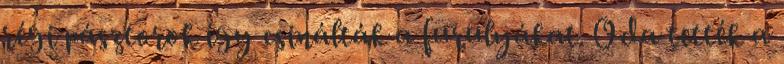
régi pásztorok így csinálták a furulyákat. Oda tették a